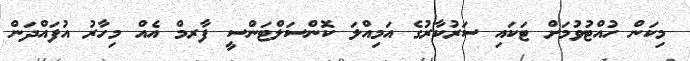
މިކަން ހުއްޓުވުމަށް ޓަކައި ސަރުކާރުގެ އަމިއްލަ ކޮންސަލްޓަންސީ ފާރމް އެއް މިހާރު އުފައްދަން